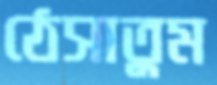
ঠেসাতুম